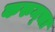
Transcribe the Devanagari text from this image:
करुम्चा